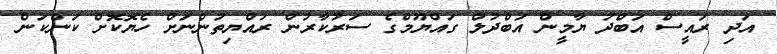
އަދި ރައީސް އަބްދު ޔާމީން އަބްދުލް ގައްޔޫމްގެ ސަރުކާރުން ރައްޔިތުންނަށް ހެޔޮކޮށް ކަންކަން